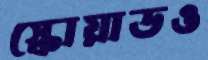
স্কোয়াডও